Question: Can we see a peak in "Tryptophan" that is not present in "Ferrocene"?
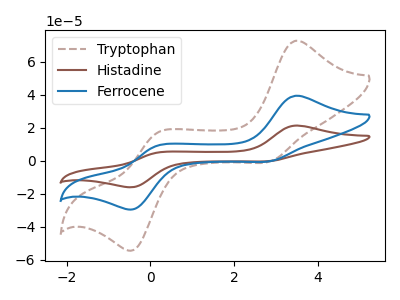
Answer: <think>The brown dashed curve "Tryptophan" has anodic peaks at (3.50V, 72.75uA) (0.15V, 17.10uA) and cathodic peaks at (2.85V, -0.25uA) (-0.40V, -53.85uA). The brown curve "Histadine" has anodic peaks at (3.50V, 78.85uA) (0.15V, 18.50uA) and cathodic peaks at (2.85V, -0.25uA) (-0.40V, -58.35uA). The blue curve "Ferrocene" has anodic peaks at (3.50V, 39.45uA) (0.15V, 9.25uA) and cathodic peaks at (2.85V, -0.10uA) (-0.40V, -29.20uA).
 All the peaks in "Tryptophan" have a peak in "Ferrocene" at the same potential. Every peak in "Tryptophan" is higher than every peak in "Ferrocene".</think>
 <answer>No, "Tryptophan" and "Ferrocene" don't appear to be significantly different in shape</answer>
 <eval>no_change</eval>